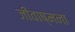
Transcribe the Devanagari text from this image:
जीवाष्मना